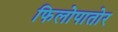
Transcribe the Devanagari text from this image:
फिलोपातोर